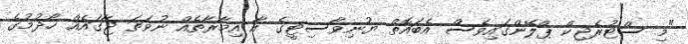
"މި ސްޓުރެޖިކް ޕްލޭންގައިވެސް އެބައޮތް ޔުނިވާސިޓީގެ އާ އިމާރާތެއް ނުވަތަ ޖާގައެއް ހޯދުމުގެ